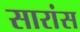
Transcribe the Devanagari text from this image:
सारांस